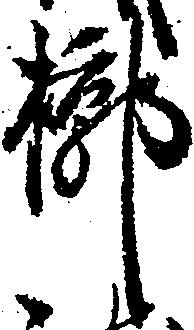
槨